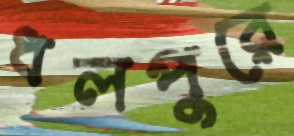
ধলপুরে